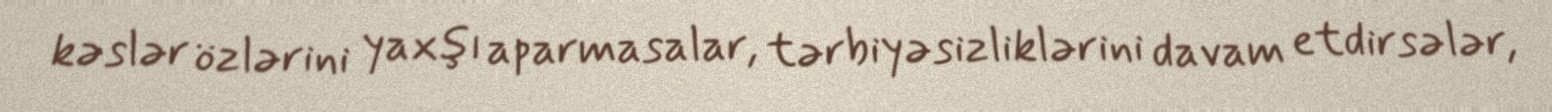
kəslər özlərini yaxşı aparmasalar, tərbiyəsizliklərini davam etdirsələr,